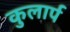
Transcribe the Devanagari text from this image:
कुलार्प